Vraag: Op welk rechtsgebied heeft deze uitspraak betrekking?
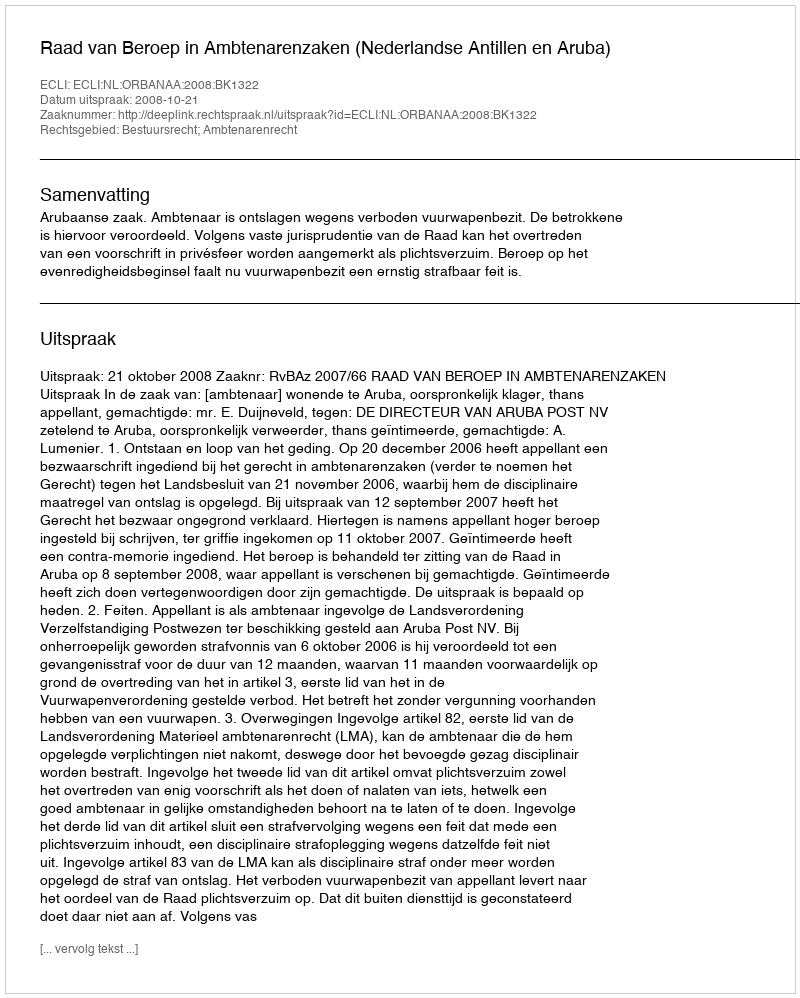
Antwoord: Bestuursrecht; Ambtenarenrecht